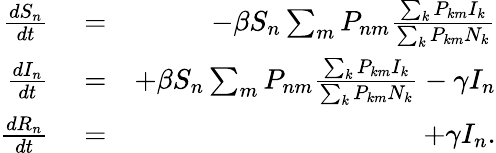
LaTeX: \begin{array}{rlr}{\frac{dS_{n}}{dt}}&{{}=}&{-\beta S_{n}\sum_{m}P_{nm}\frac{\sum_{k}P_{km}I_{k}}{\sum_{k}P_{km}N_{k}}}\\ {\frac{dI_{n}}{dt}}&{{}=}&{+\beta S_{n}\sum_{m}P_{nm}\frac{\sum_{k}P_{km}I_{k}}{\sum_{k}P_{km}N_{k}}-\gamma I_{n}}\\ {\frac{dR_{n}}{dt}}&{{}=}&{+\gamma I_{n}.}\end{array}